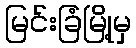
မြင်းခြံမြို့မှ